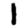
Digit: 1